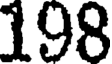
198